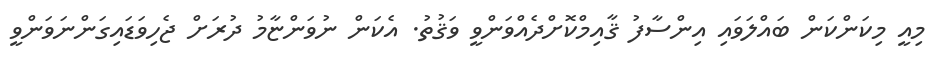
މިއީ މިކަންކަން ބައްލަވައި އިންސާފު ޤާއިމްކޮށްދެއްވަންވީ ވަޤުތު. އެކަން ނުވަންޏާމު ދުރަށް ޖެހިވަޑައިގަންނަވަންވީ